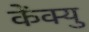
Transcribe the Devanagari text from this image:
केंक्यु